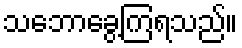
သဘောခွေ့ကြရသည်။